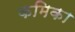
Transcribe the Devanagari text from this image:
कमिका